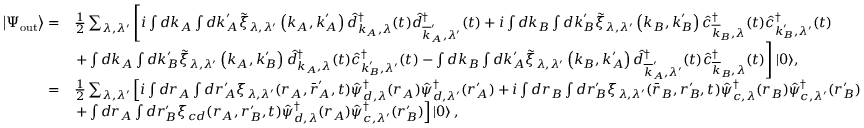
\begin{array} { r l } { \left| \Psi _ { \mathrm { o u t } } \right\rangle = } & { \frac { 1 } { 2 } \sum _ { \lambda , \lambda ^ { \prime } } \left[ i \int d \boldsymbol { k } _ { A } \int d \boldsymbol { k } _ { A } ^ { \prime } \tilde { \xi } _ { \lambda , \lambda ^ { \prime } } \left( \boldsymbol { k } _ { A } , \boldsymbol { k } _ { A } ^ { \prime } \right) \hat { d } _ { \boldsymbol { k } _ { A } , \lambda } ^ { \dagger } ( t ) \hat { d } _ { \overline { { \boldsymbol { k } } } _ { A } ^ { \prime } , \lambda ^ { \prime } } ^ { \dagger } ( t ) + i \int d \boldsymbol { k } _ { B } \int d \boldsymbol { k } _ { B } ^ { \prime } \tilde { \xi } _ { \lambda , \lambda ^ { \prime } } \left( \boldsymbol { k } _ { B } , \boldsymbol { k } _ { B } ^ { \prime } \right) \hat { c } _ { \overline { { \boldsymbol { k } } } _ { B } , \lambda } ^ { \dagger } ( t ) \hat { c } _ { \boldsymbol { k } _ { B } ^ { \prime } , \lambda ^ { \prime } } ^ { \dagger } ( t ) \right. } \\ & { \left. + \int d \boldsymbol { k } _ { A } \int d \boldsymbol { k } _ { B } ^ { \prime } \tilde { \xi } _ { \lambda , \lambda ^ { \prime } } \left( \boldsymbol { k } _ { A } , \boldsymbol { k } _ { B } ^ { \prime } \right) \hat { d } _ { \boldsymbol { k } _ { A } , \lambda } ^ { \dagger } ( t ) \hat { c } _ { \boldsymbol { k } _ { B } ^ { \prime } , \lambda ^ { \prime } } ^ { \dagger } ( t ) - \int d \boldsymbol { k } _ { B } \int d \boldsymbol { k } _ { A } ^ { \prime } \tilde { \xi } _ { \lambda , \lambda ^ { \prime } } \left( \boldsymbol { k } _ { B } , \boldsymbol { k } _ { A } ^ { \prime } \right) \hat { d } _ { \overline { { \boldsymbol { k } } } _ { A } ^ { \prime } , \lambda ^ { \prime } } ^ { \dagger } ( t ) \hat { c } _ { \overline { { \boldsymbol { k } } } _ { B } , \lambda } ^ { \dagger } ( t ) \right] | 0 \rangle , } \\ { = } & { \frac { 1 } { 2 } \sum _ { \lambda , \lambda ^ { \prime } } \left[ i \int d \boldsymbol { r } _ { A } \int d \boldsymbol { r } _ { A } ^ { \prime } \xi _ { \lambda , \lambda ^ { \prime } } ( \boldsymbol { r } _ { A } , \bar { \boldsymbol { r } } _ { A } ^ { \prime } , t ) \hat { \psi } _ { d , \lambda } ^ { \dagger } ( \boldsymbol { r } _ { A } ) \hat { \psi } _ { d , \lambda ^ { \prime } } ^ { \dagger } ( \boldsymbol { r } _ { A } ^ { \prime } ) + i \int d \boldsymbol { r } _ { B } \int d \boldsymbol { r } _ { B } ^ { \prime } \xi _ { \lambda , \lambda ^ { \prime } } ( \bar { \boldsymbol { r } } _ { B } , \boldsymbol { r } _ { B } ^ { \prime } , t ) \hat { \psi } _ { c , \lambda } ^ { \dagger } ( \boldsymbol { r } _ { B } ) \hat { \psi } _ { c , \lambda ^ { \prime } } ^ { \dagger } ( \boldsymbol { r } _ { B } ^ { \prime } ) \right. } \\ & { \left. + \int d \boldsymbol { r } _ { A } \int d \boldsymbol { r } _ { B } ^ { \prime } \xi _ { c d } ( \boldsymbol { r } _ { A } , \boldsymbol { r } _ { B } ^ { \prime } , t ) \hat { \psi } _ { d , \lambda } ^ { \dagger } ( \boldsymbol { r } _ { A } ) \hat { \psi } _ { c , \lambda ^ { \prime } } ^ { \dagger } ( \boldsymbol { r } _ { B } ^ { \prime } ) \right] \left| 0 \right\rangle , } \end{array}